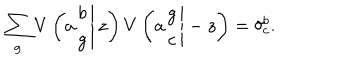
\sum _ { g } V \left( \left. a \begin{array} { c } { { b } } \\ { { g } } \\ \end{array} \right| z \right) V \left( \left. a \begin{array} { c } { { g } } \\ { { c } } \\ \end{array} \right| - z \right) = \delta _ { c } ^ { b } .